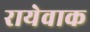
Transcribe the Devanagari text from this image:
रायेवाक